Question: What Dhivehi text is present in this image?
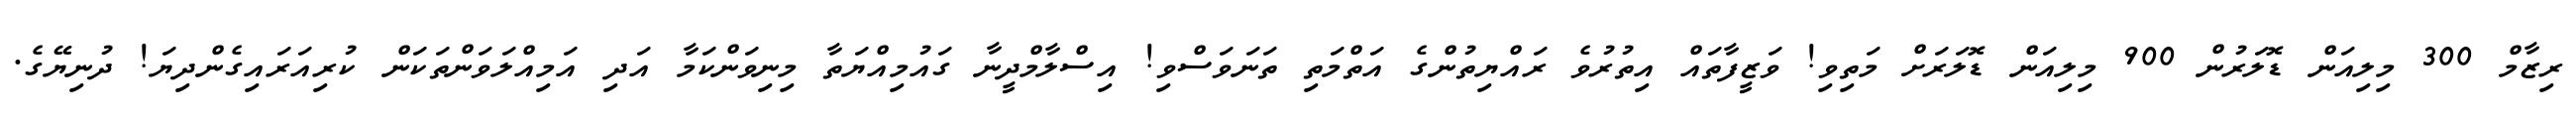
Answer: ރިޒާމް 300 މިލިއަން ޑޮލަރުން 900 މިލިއަން ޑޮލަރަށް މަތިވި! ވަޒީފާތައް އިތުރުވެ ރައްޔިތުންގެ އަތްމަތި ތަނަވަސްވި! އިސްލާމްދީނާ ގައުމިއްޔަތާ މިނިވަންކަމާ އަދި އަމިއްލަވަންތަކަން ކުރިއަރައިގެންދިޔަ! ދުނިޔޭގެ.